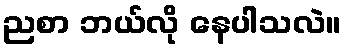
ညစာ ဘယ်လို နေပါသလဲ။